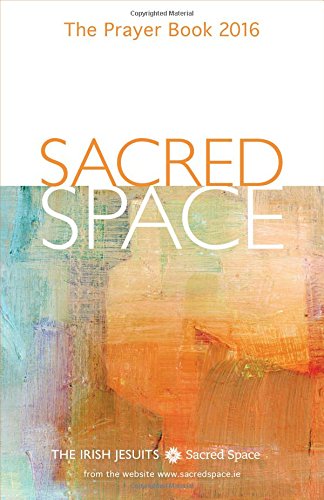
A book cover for Sacred Space: The Prayer Book 2016; The Irish Jesuits; Christian Books & Bibles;